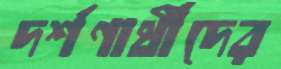
দর্শণার্থীদের